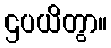
ဌပယိတွာ။